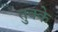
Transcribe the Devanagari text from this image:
तुक्के